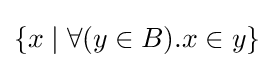
\{x\mid \forall (y\in B).x\in y\}